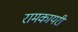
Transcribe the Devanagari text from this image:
रामकायरी